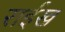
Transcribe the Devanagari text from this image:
राईख